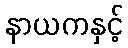
နာယကနှင့်